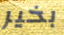
بخير